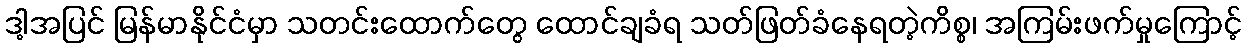
ဒါ့အပြင် မြန်မာနိုင်ငံမှာ သတင်းထောက်တွေ ထောင်ချခံရ သတ်ဖြတ်ခံနေရတဲ့ကိစ္စ၊ အကြမ်းဖက်မှုကြောင့်